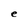
Character: e